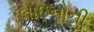
લાઇનોની